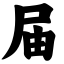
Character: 届